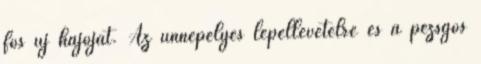
fős új hajóját. Az ünnepélyes lepellevételre és a pezsgős